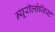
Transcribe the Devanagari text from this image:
न्यूरॉलोजिस्ट